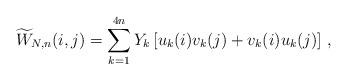
LaTeX: \begin{align*}\widetilde W_{N,n}(i,j)=\sum_{k=1}^{4n}Y_k\left[u_k(i)v_k(j)+v_k(i)u_k(j)\right]\,,\end{align*}